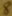
Text: 8